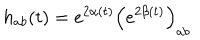
h _ { a b } ( t ) = e ^ { 2 \alpha ( t ) } \left( e ^ { 2 \beta ( t ) } \right) _ { a b }